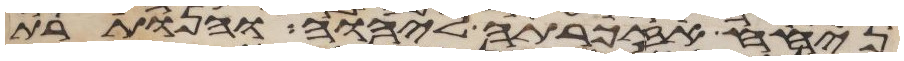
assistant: ניחח אזכרתה ליהוה והנותרת